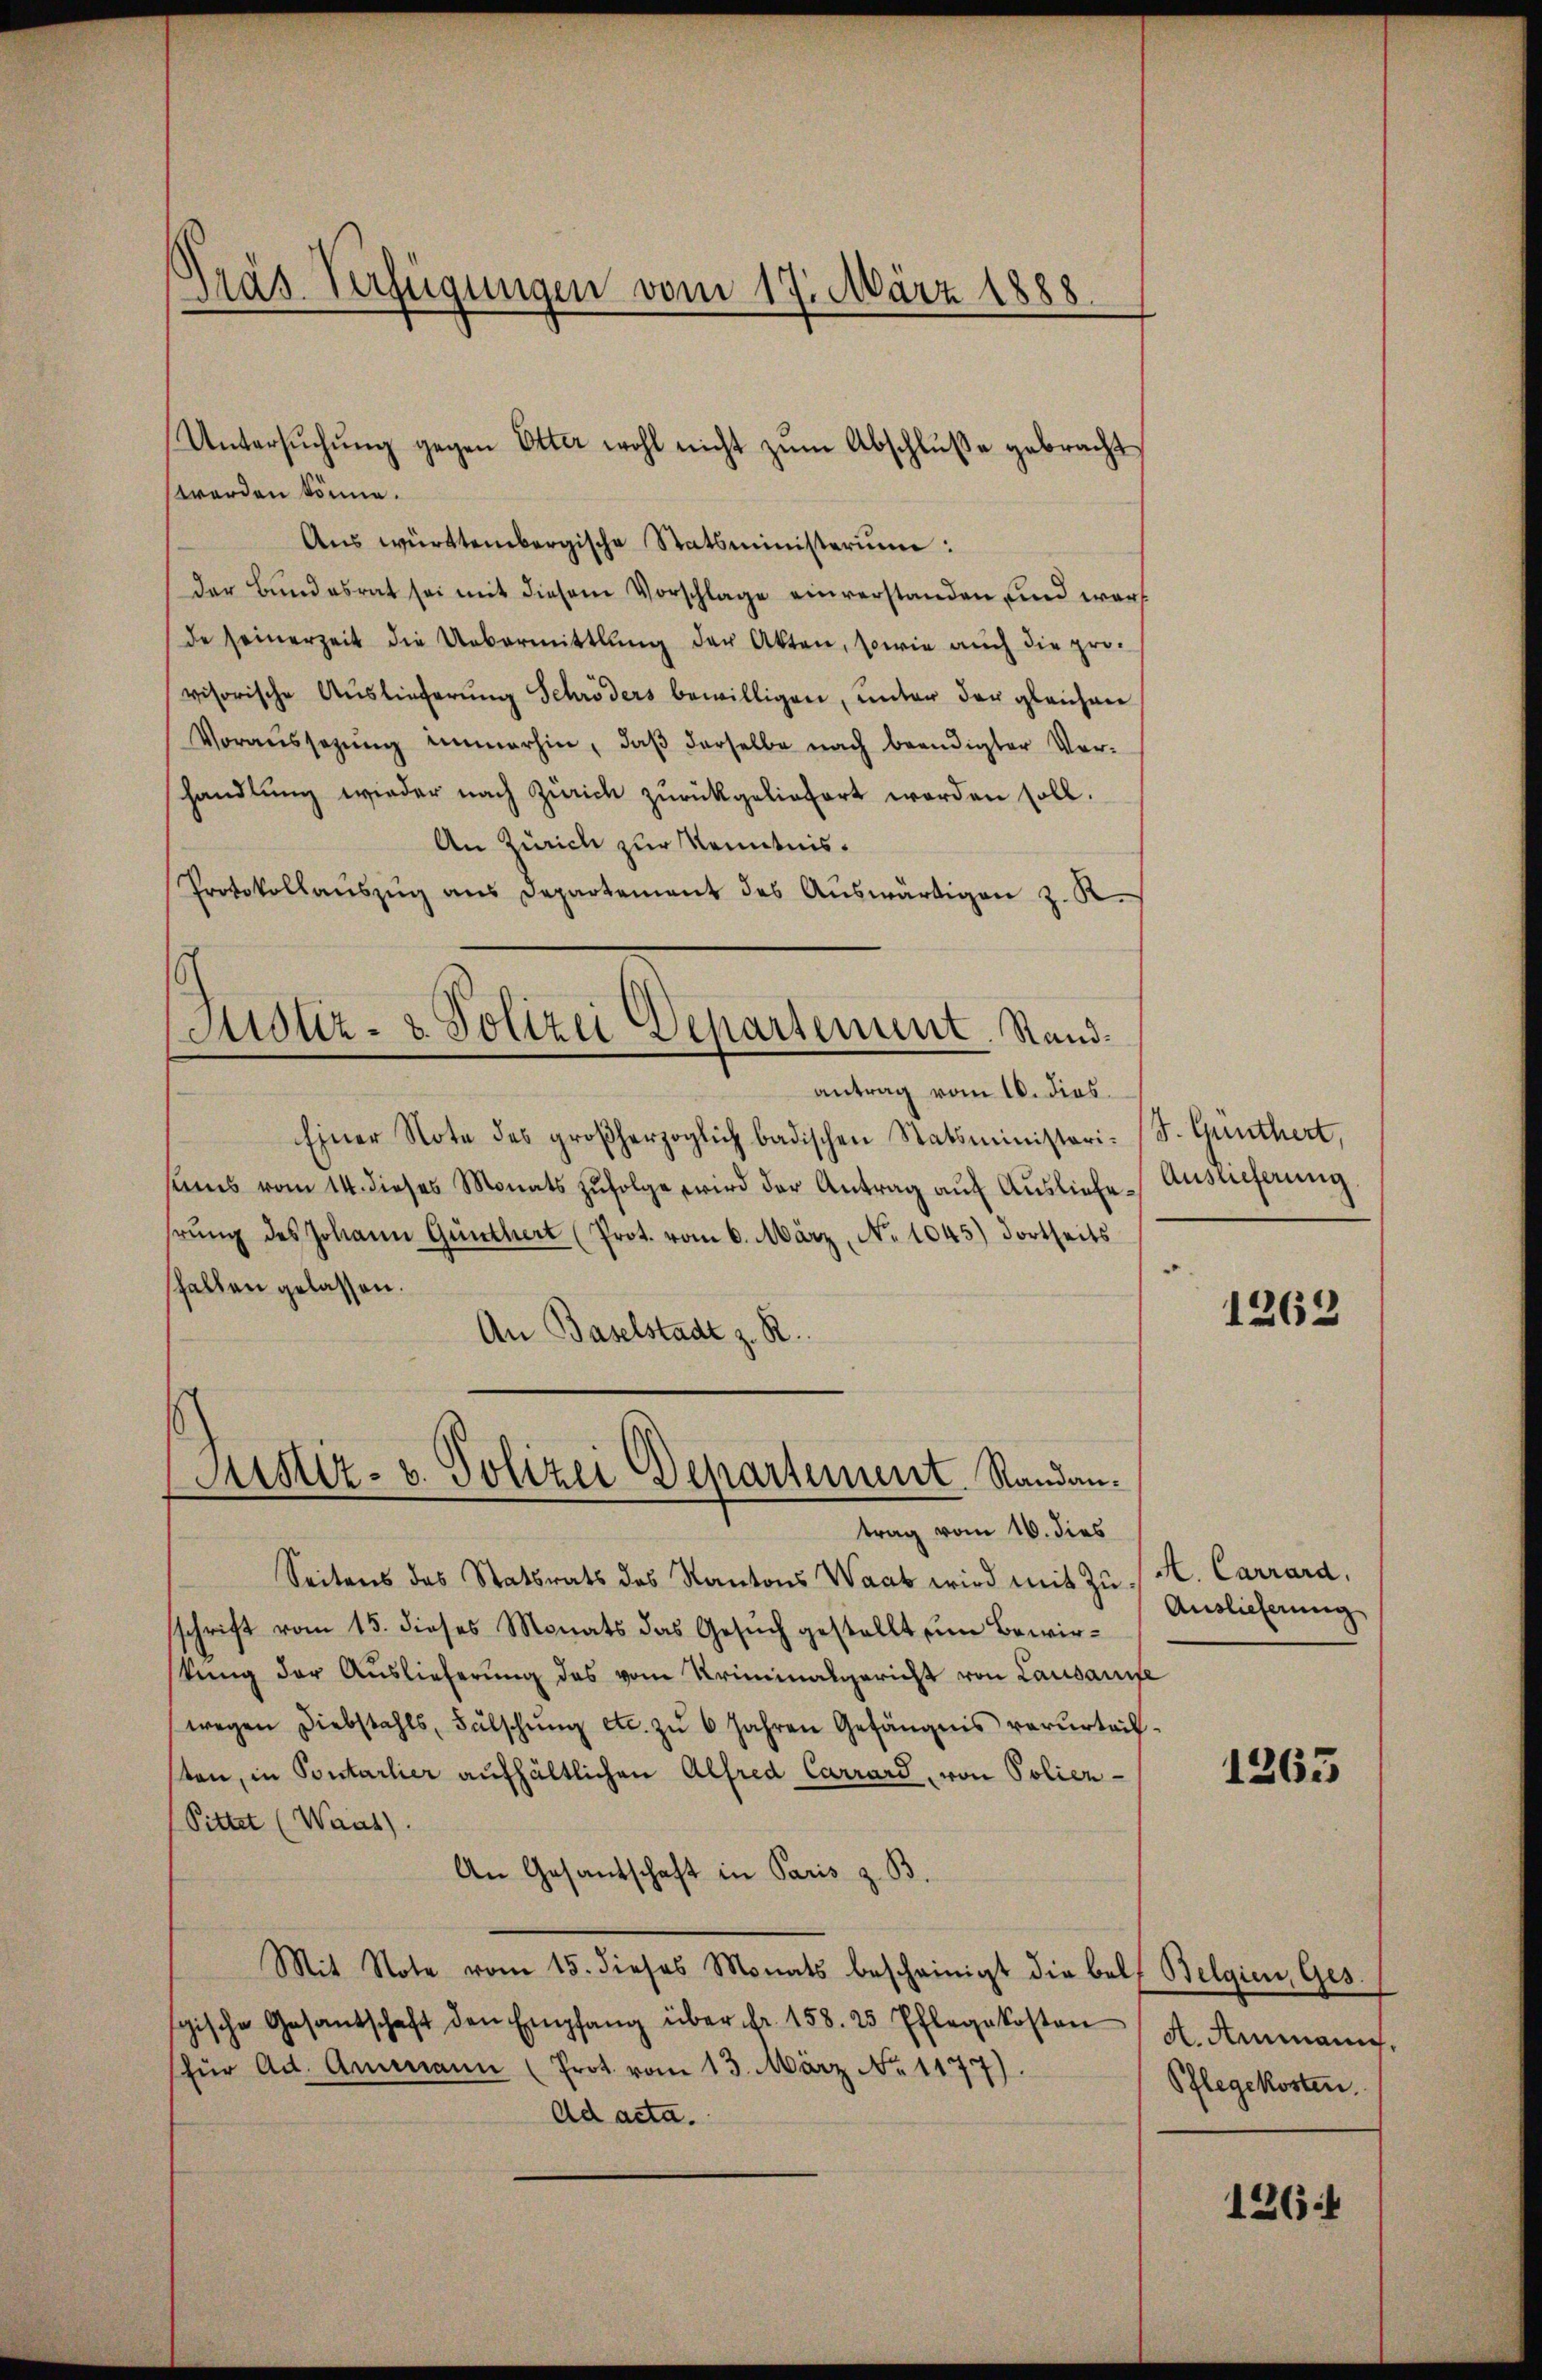
Präs. Verfügungen vom 17. März 1888.

Untersŭchŭng gegen Otter wohl nicht zŭm Abschlŭβe gebracht,
werden könne.
Aus württembergische Statsministerium:
der Bundesrat sei mit diesem Vorschlage einverstanden und wars
de seinerzeit die Uebermittlung der Akten, sowie auch die provisorische Auslieferŭng Schröders bewilligen, unter der gleichen
Voraussetzŭng immerhin, daβ derselbe nach beendigter Ver-
shandlŭng wieder nach Zürich zurückgeliefert worden soll.
An Zürich zur Kenntnis.
Protokollauszug aus Departement des Auswärtigen z. R.
Einer Note des großherzoglich badischen Statsministeri. (T. Günthert,
sums vom 14. dieses Monats zŭfolge wird der Antrag auf Ausliefehrŭng des Johann Günthert (Prot. vom 6. März, No 1045) dortheits
shalten gelassen.
An Baselstadt z. R.
Justiz- u. Polizei Departement. Randantrag vom 16. dies
Seitens des Statsrats des Kantons Waab wird mit Zu- K. Carrard,
sschrift vom 15. dieses Monats das Gesuch gestellt um Bewirtung der Auslieferung des vom Kriminalgericht von Lausanne
wegen Diebstahls, Fŭlschŭng etc. zŭ 6 Jahren Gefängnis verurteil-
sten, in Pontarlier aufhältlichen Alfred Carrard, von Polier-
(Sittet (Waat).
An Gesandschaft in Paris z. B.
Mit Note vom 15. dieses Monats bescheinigt die belf Belgien, Ges.
gische Gesandschaft den Empfang über fr. 158. 25 Pflegekosten A. Ammann.
(für Ad. Ammann (Prot. vom 13. März No. 1177).
Ad acta.

Justiz- & Polizei Departement. Standantrag vom 10. dies.

Auslieferung
.

1262

Auslieferung

1263

Pflegekosten.

1264